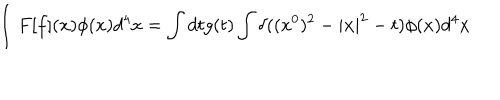
LaTeX: \int F [ f ] ( x ) \phi ( x ) d ^ { 4 } x = \int d t g ( t ) \int \delta ( ( x ^ { 0 } ) ^ { 2 } - | { \bf x } | ^ { 2 } - t ) \phi ( x ) d ^ { 4 } x